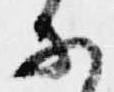
に